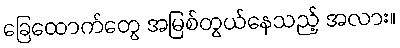
ခြေထောက်တွေ အမြစ်တွယ်နေသည့် အလား။